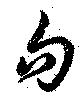
句